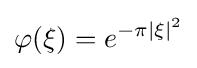
\varphi (\xi )=e^{-\pi \vert \xi \vert ^{2}}